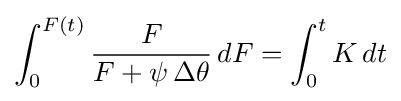
\int _{0}^{F(t)}{F \over F+\psi \,\Delta \theta }\,dF=\int _{0}^{t}K\,dt